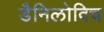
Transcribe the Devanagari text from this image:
डैनिलोविच